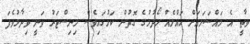
ވާތީ އެ މައްސަލައަށް ހައްލެއް ހޯދުމުގެ ގޮތުން ކަމުގައިވެސް މިނިސްޓަރު ވަނީ ވިދާޅުވެފަ